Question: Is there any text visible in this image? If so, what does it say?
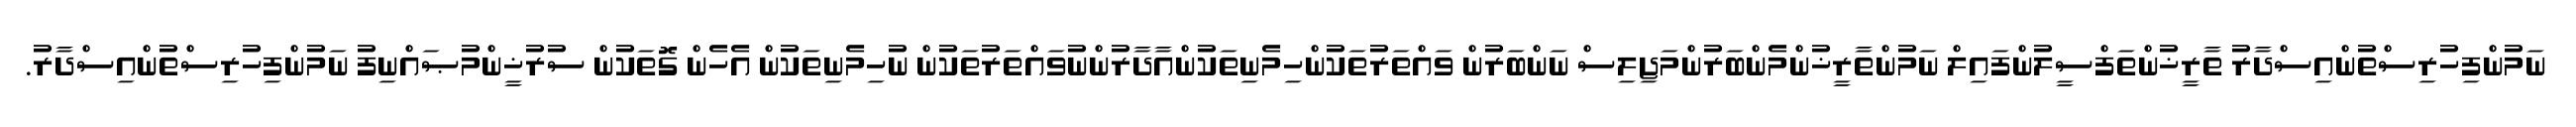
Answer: ނަމުންފިހުރިސްތުންއިސްދާރު ތާރީޚުންތަފްސީލުންފައިލް ނަމުންތާރީޚުންމެންބަރުންމަޖިލިސް ނަންބަރުން ވައްތަރުތަކުންހިމެނިތަކުންއާދާރުންނުވައްތަރުތަކުން ނުހިމެނިތަކުން އެހެން ގޮތަކުން ސުރުޚީންމުޞައްނިފު ނަމުންފިހުރިސްތުންއިސްދާރު.